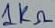
Text: 1KΩ